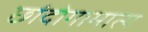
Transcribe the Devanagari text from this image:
छांदोगामात्य